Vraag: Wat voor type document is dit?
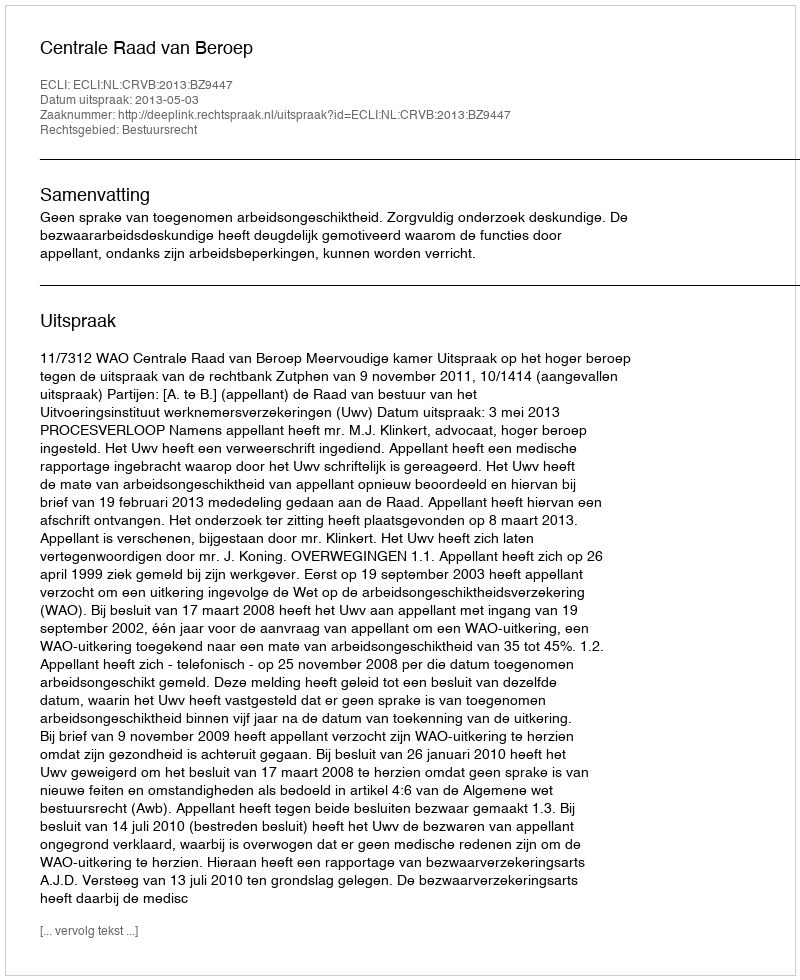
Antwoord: Uitspraak